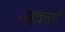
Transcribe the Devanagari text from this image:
अठ्ठाइसवाँ